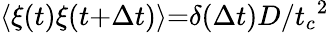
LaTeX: {\langle}\xi(t)\xi(t{+}{\Delta}t){\rangle}{=}{\delta}({\Delta}t)D/{t_{c}}^{2}